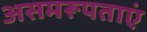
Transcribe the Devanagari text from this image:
असमरूपताएं